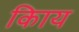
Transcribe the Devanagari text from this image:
किाय